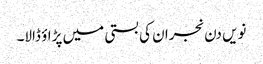
نویں دن نجران کی بستی میں پڑاؤ ڈالا۔